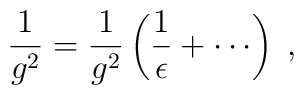
\frac{1}{g^2} = \frac{1}{g^2} \left( \frac{1}{\epsilon} + \cdots \right) \; ,